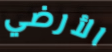
الأرضي